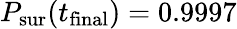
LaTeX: P_{\mathrm{sur}}(t_{\mathrm{final}})=0.9997